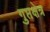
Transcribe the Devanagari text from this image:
गुप्तक्षेत्र